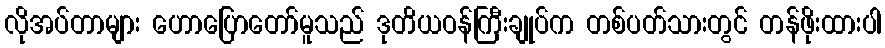
လိုအပ်တာများ ဟောပြောတော်မူသည် ဒုတိယဝန်ကြီးချုပ်က တစ်ပတ်သားတွင် တန်ဖိုးထားပါ